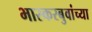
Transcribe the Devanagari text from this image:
भास्करबुवांच्या